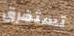
تستغرق